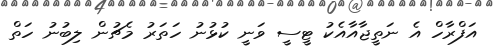
އަފްރާހް އެ ނަތީޖާއާއެކު ޓީސީ ވަނީ ކުޅުނު ހަތަރު މެޗުން ލިބުނު ހަތް